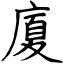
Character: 廈